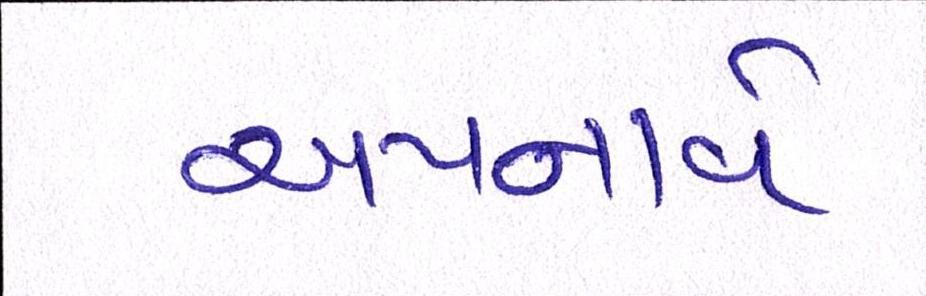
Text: અપનાવે